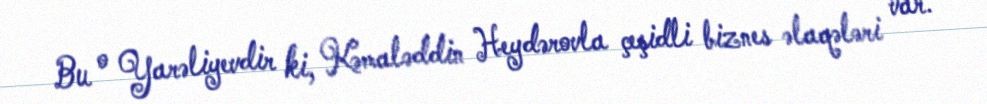
Bu o Yarəliyevdir ki, Kəmaləddin Heydərovla çeşidli biznes əlaqələri var.